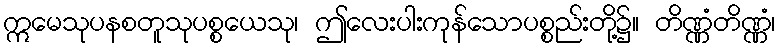
ဣမေသုပနစတူသုပစ္စယေသု၊ ဤလေးပါးကုန်သောပစ္စည်းတို့၌။ တိဏ္ဏံတိဏ္ဏံ၊